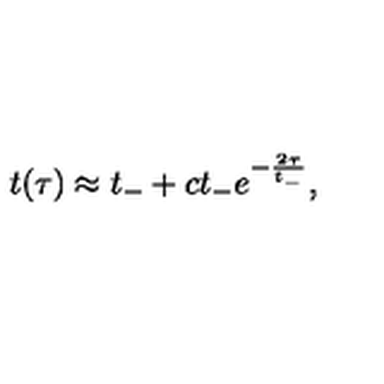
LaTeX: t ( \tau ) \approx t _ { - } + c t _ { - } e ^ { - \frac { 2 \tau } { t _ { - } } } ,